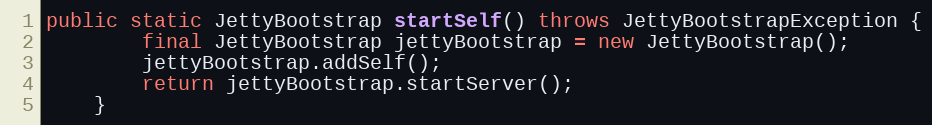
Language: Java
public static JettyBootstrap startSelf() throws JettyBootstrapException {
        final JettyBootstrap jettyBootstrap = new JettyBootstrap();
        jettyBootstrap.addSelf();
        return jettyBootstrap.startServer();
    }